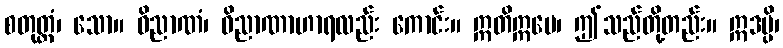
စတုတ္ထံ၊ သော။ ဝိညာဏံ၊ ဝိညာဏာဟာရလည်း ကောင်း။ ဣတိဣမေ၊ ဤသည်တို့တည်း။ ဣဒမ္ပိ၊